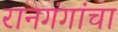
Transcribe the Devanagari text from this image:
रानगंगांचा